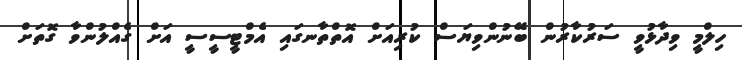
ހިލްމީ ވިދާޅުވީ ސަރުކާރުން ބޭނުންވިޔަސް ކުރިއަށް އޮތްތާނގައި އެމްޓީސީސީ އަށް ގެއްލުންވާ ގޮތަށް